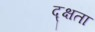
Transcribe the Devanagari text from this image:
द्क्षता